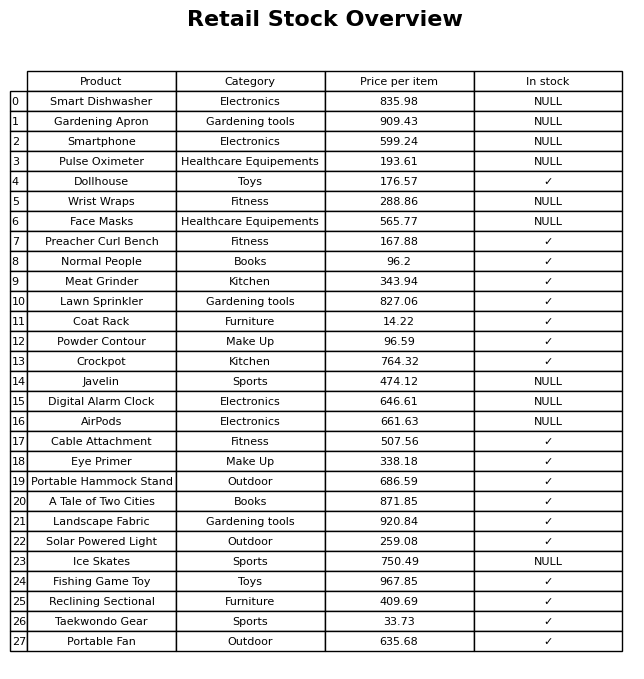
question: What is the price for Eye Primer?
answer: The price of Eye Primer is 338.18.